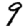
Digit: 9